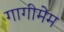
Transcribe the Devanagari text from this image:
गागीमेम